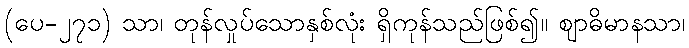
(ပေ-၂၇၁) သာ၊ တုန်လှုပ်သောနှစ်လုံး ရှိကုန်သည်ဖြစ်၍။ ဈာဓိမာနသာ၊